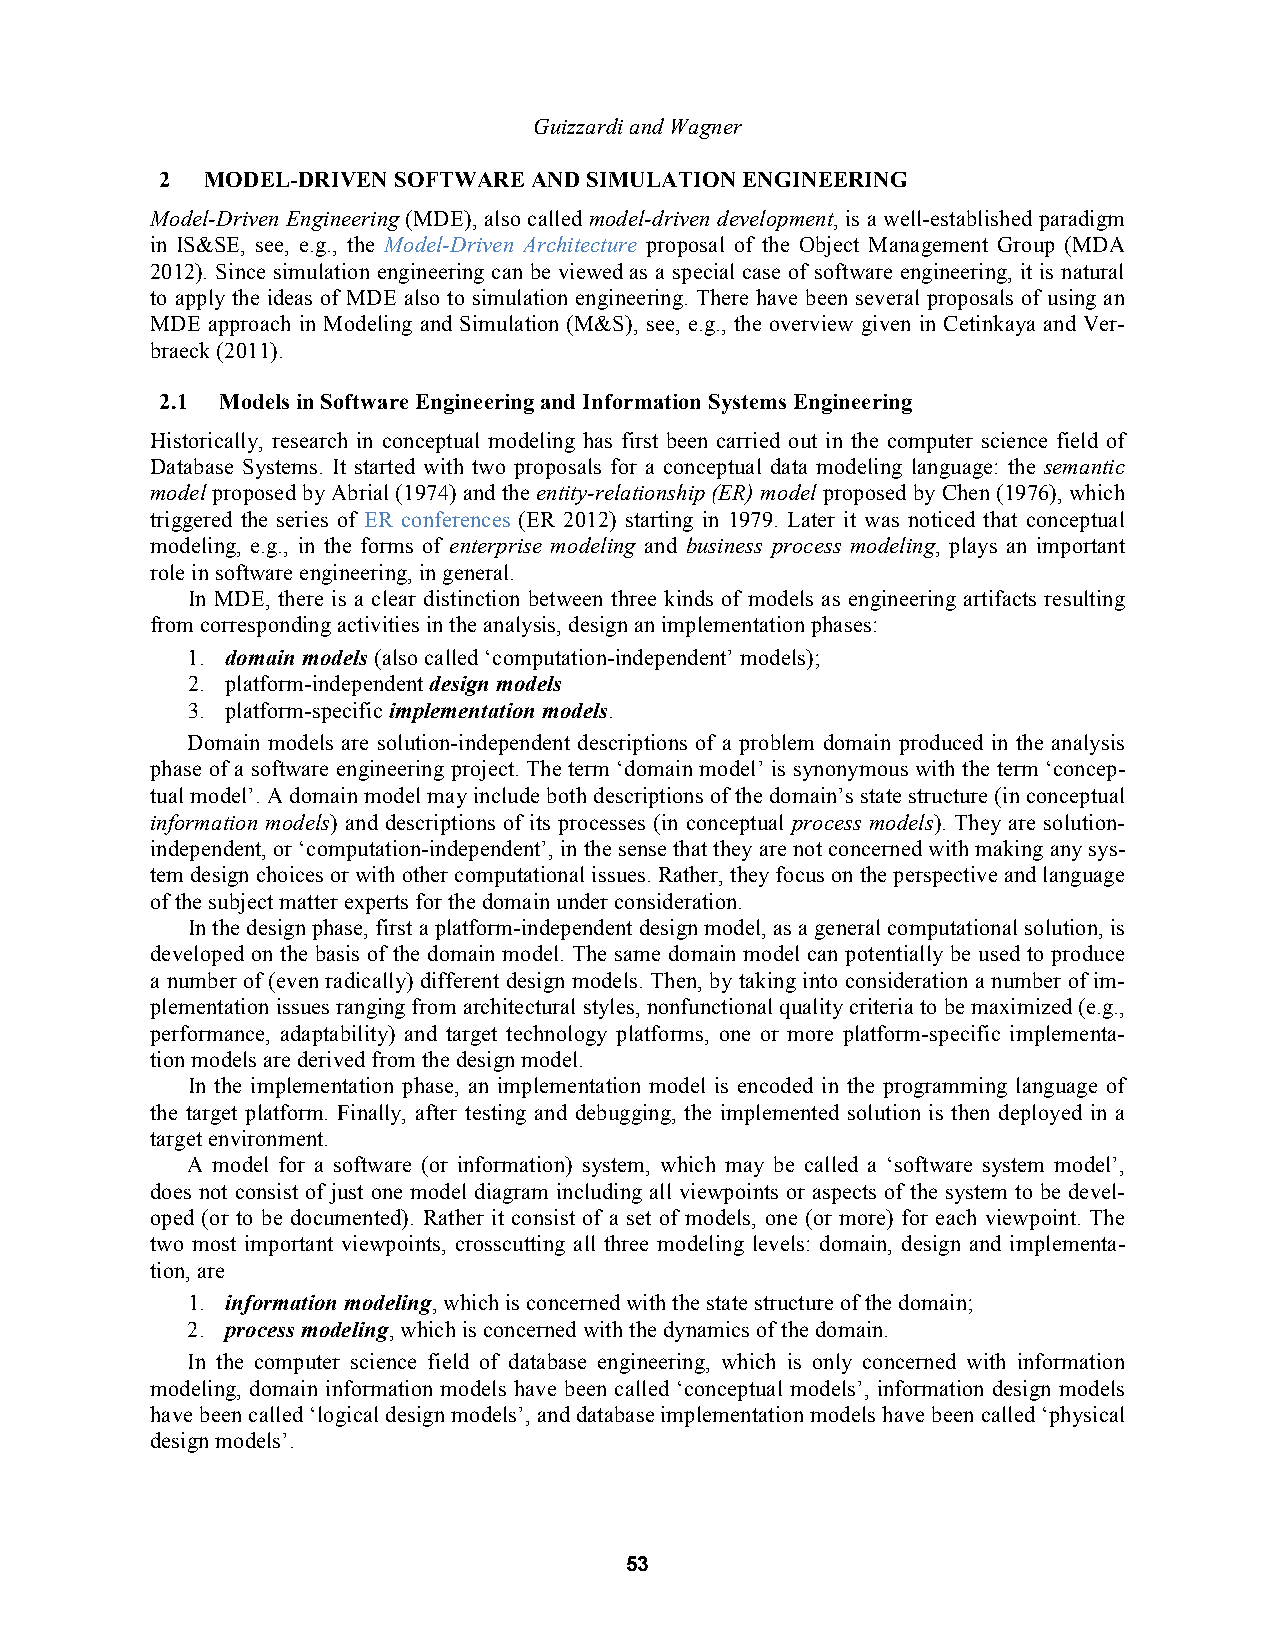
Guizzardi and Wagner
 2  MODEL-DRIVEN SOFTWARE AND SIMULATION ENGINEERING
 Model-Driven Engineering (MDE), also called model-driven development, is a well-established paradigm
 in IS&SE, see, e.g., the Model-Driven Architecture proposal of the Object Management Group (MDA
 2012). Since simulation engineering can be viewed as a special case of software engineering, it is natural
 to apply the ideas of MDE also to simulation engineering. There have been several proposals of using an
 MDE approach in Modeling and Simulation (M&S), see, e.g., the overview given in Cetinkaya and Ver-
 braeck (2011).
 2.1 Models in Software Engineering and Information Systems Engineering
 Historically, research in conceptual modeling has first been carried out in the computer science field of
 Database Systems. It started with two proposals for a conceptual data modeling language: the semantic
 model proposed by Abrial (1974) and the entity-relationship (ER) model proposed by Chen (1976), which
 triggered the series of ER conferences (ER 2012) starting in 1979. Later it was noticed that conceptual
 modeling, e.g., in the forms of enterprise modeling and business process modeling, plays an important
 role in software engineering, in general.
 In MDE, there is a clear distinction between three kinds of models as engineering artifacts resulting
 from corresponding activities in the analysis, design an implementation phases:
 1. domain models (also called ‘computation-independent’ models);
 2. platform-independent design models
 3. platform-specific implementation models.
 Domain models are solution-independent descriptions of a problem domain produced in the analysis
 phase of a software engineering project. The term ‘domain model’ is synonymous with the term ‘concep-
 tual model’. A domain model may include both descriptions of the domain’s state structure (in conceptual
 information models) and descriptions of its processes (in conceptual process models). They are solution-
 independent, or ‘computation-independent’, in the sense that they are not concerned with making any sys-
 tem design choices or with other computational issues. Rather, they focus on the perspective and language
 of the subject matter experts for the domain under consideration.
 In the design phase, first a platform-independent design model, as a general computational solution, is
 developed on the basis of the domain model. The same domain model can potentially be used to produce
 a number of (even radically) different design models. Then, by taking into consideration a number of im-
 plementation issues ranging from architectural styles, nonfunctional quality criteria to be maximized (e.g.,
 performance, adaptability) and target technology platforms, one or more platform-specific implementa-
 tion models are derived from the design model.
 In the implementation phase, an implementation model is encoded in the programming language of
 the target platform. Finally, after testing and debugging, the implemented solution is then deployed in a
 target environment.
 A model for a software (or information) system, which may be called a ‘software system model’,
 does not consist of just one model diagram including all viewpoints or aspects of the system to be devel-
 oped (or to be documented). Rather it consist of a set of models, one (or more) for each viewpoint. The
 two most important viewpoints, crosscutting all three modeling levels: domain, design and implementa-
 tion, are
 1. information modeling, which is concerned with the state structure of the domain;
 2. process modeling, which is concerned with the dynamics of the domain.
 In the computer science field of database engineering, which is only concerned with information
 modeling, domain information models have been called ‘conceptual models’, information design models
 have been called ‘logical design models’, and database implementation models have been called ‘physical
 design models’.
 53